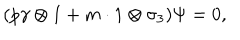
LaTeX: ( p \gamma \otimes 1 + m \cdot 1 \otimes \sigma _ { 3 } ) \Psi = 0 ,